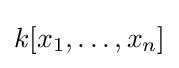
k[x_{1},\ldots ,x_{n}]